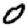
Digit: 0